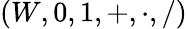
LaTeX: (W,0,1,+,\cdot,/)